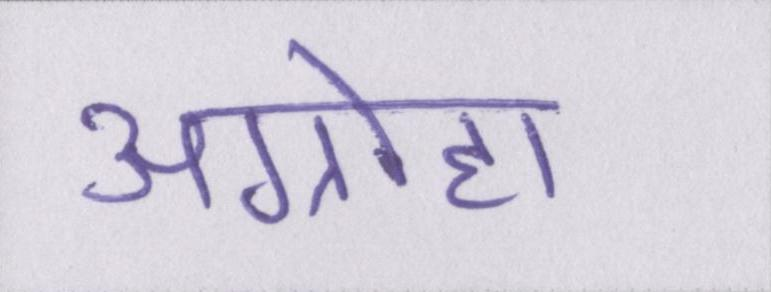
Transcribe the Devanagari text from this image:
अग्रोहा